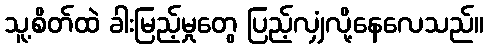
သူ့စိတ်ထဲ ခါးမြည့်မှုတွေ ပြည့်လျှံလို့နေလေသည်။